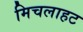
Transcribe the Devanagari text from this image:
मिचलाहट